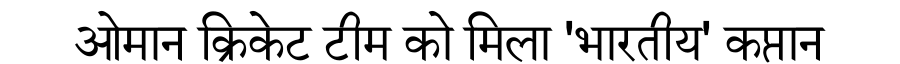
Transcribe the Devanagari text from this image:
ओमान क्रिकेट टीम को मिला 'भारतीय' कप्तान